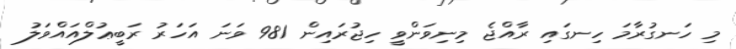
މި ހަނގުރާމަ ހިނގައި ރާއްޖެ މިނިވަންވީ ހިޖުރައިން 981 ވަނަ އަހަރު ރަބީޢުލްއައްވަލު